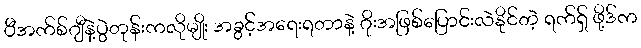
ပီအက်စ်ဂျီနဲ့ပွဲတုန်းကလိုမျိုး အခွင့်အရေးရတာနဲ့ ဂိုးအဖြစ်ပြောင်းလဲနိုင်တဲ့ ရက်ရှ် ဖို့ဒ်က